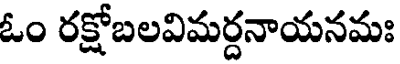
ఓం రక్షోబలవిమర్దనాయనమః